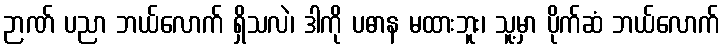
ဉာဏ် ပညာ ဘယ်လောက် ရှိသလဲ၊ ဒါကို ပဓာန မထားဘူး၊ သူ့မှာ ပိုက်ဆံ ဘယ်လောက်